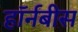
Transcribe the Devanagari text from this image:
हॉर्नबीस